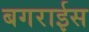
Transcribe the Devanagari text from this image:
बगराईस